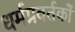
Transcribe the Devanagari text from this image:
धर्मप्रवर्तकों